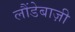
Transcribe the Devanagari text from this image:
लौंडेबाज़ी